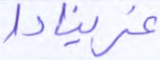
غرينادا